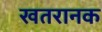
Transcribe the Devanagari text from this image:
खतरानक